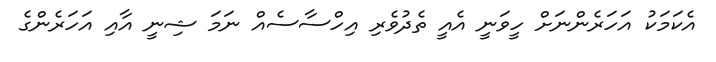
އެކަމަކު އަހަރެންނަށް ހީވަނީ އެއީ ތެދުވެރި އިހްސާސެއް ނަމަ ޝިނީ އާއި އަހަރެންގެ